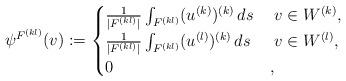
LaTeX: \begin{align*} \psi^{F^{(kl)}}(v):= \begin{cases} \frac{1}{|F^{(kl)}|}\int_{F^{(kl)}}(u^{(k)})^{(k)}\,ds &\; v\in W^{(k)},\\ \frac{1}{|F^{(kl)}|}\int_{F^{(kl)}}(u^{(l)})^{(k)}\,ds &\; v\in W^{(l)},\\ 0 & , \end{cases}\end{align*}